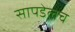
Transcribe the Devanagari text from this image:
सापडेलच